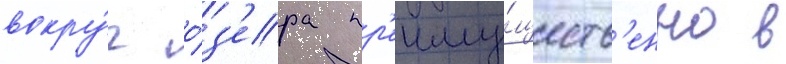
вокру́г о́з'ера пр'еиму́ществ'енно в